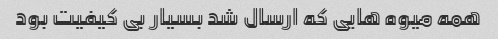
همه میوه هایی که ارسال شد بسیار بی کیفیت بود